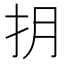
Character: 抈